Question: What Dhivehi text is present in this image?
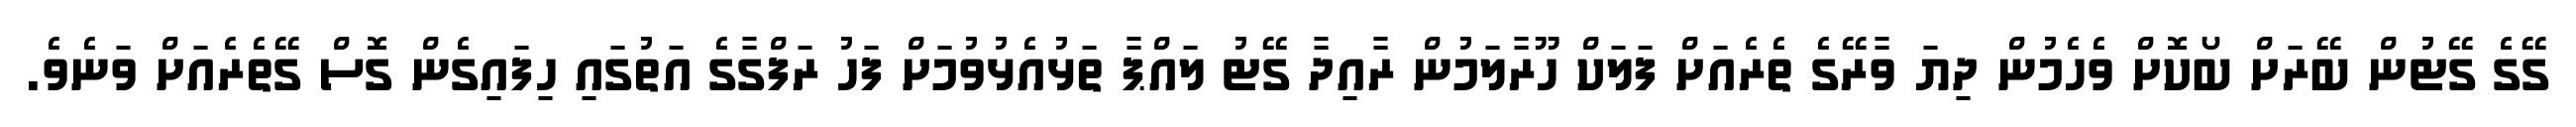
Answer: ގޭގެ ގޭޓުން ބޭރަށް ބޯކޮށް ވެހެމުން ދިޔަ ވާރޭގެ ތެރެއަށް ފަލަކް ހޫރާލަމުން ރާއިދާ ގޭޓު ލައްޕާ ތަޅުއެޅުވުމަށް ފަހު ރަފްގާގެ އަތުގައި ހިފައިގެން ގޮސް ގޭތެރެއަށް ވަނެވެ.